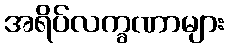
အရိပ်လက္ခဏာများ